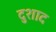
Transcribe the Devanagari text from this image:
दुशाद